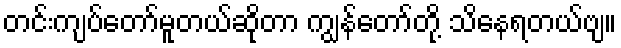
တင်းကျပ်တော်မူတယ်ဆိုတာ ကျွန်တော်တို့ သိနေရတယ်ဗျ။